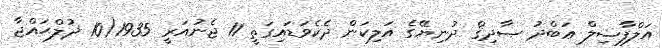
އަލްފާޟިލް ޢަބްދު ޞާދިޤް ދުނިޔޭގެ އަލިކަން ދެކެވަޑައިގަތީ 11 ޖެނުއަރީ 1935(10 ޛުލްޙައްޖާ